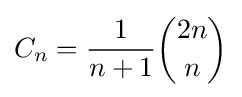
C_{n}={\frac {1}{n+1}}{\binom {2n}{n}}